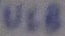
Text: U1B